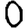
Digit: 0